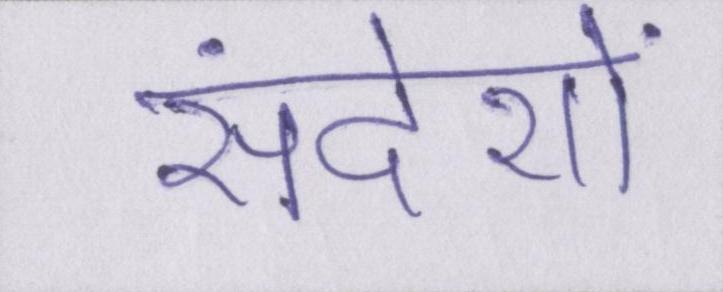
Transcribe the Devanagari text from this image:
संदेशों